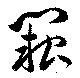
闕